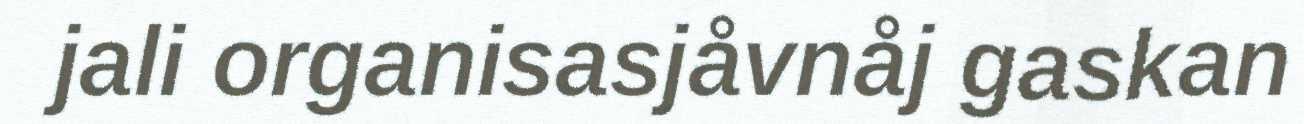
jali organisasjåvnåj gaskan